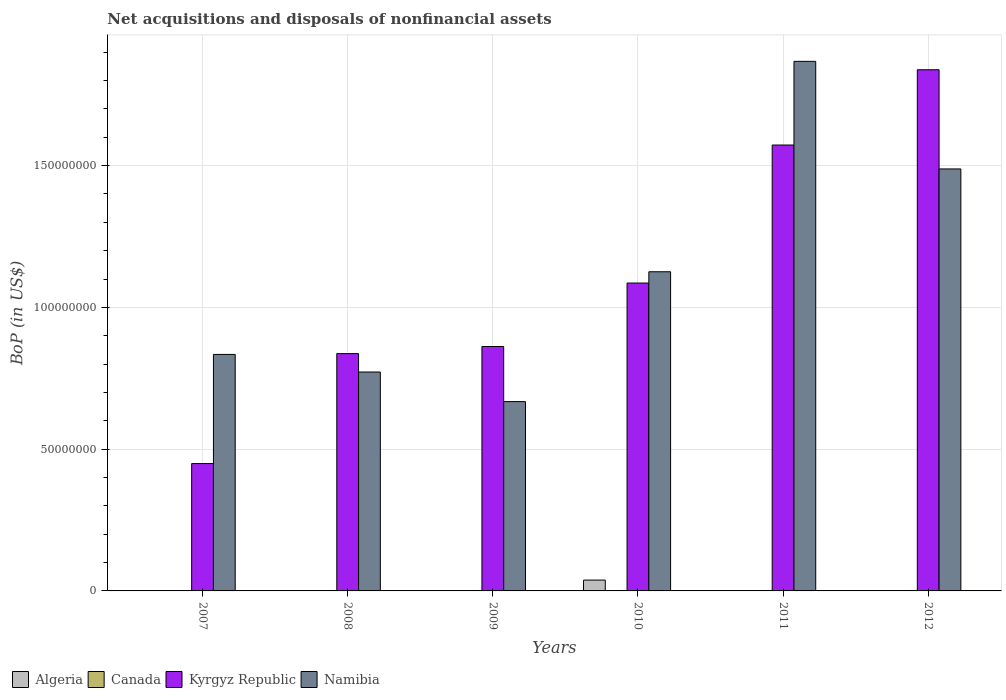
| Years | Algeria | Canada | Kyrgyz Republic | Namibia |
 | --- | --- | --- | --- | --- |
 | 2007 | -1.88e+05 | -2.69e+08 | 4.49e+07 | 8.34e+07 |
 | 2008 | -2.09e+05 | -2.47e+08 | 8.37e+07 | 7.72e+07 |
 | 2009 | -6.03e+04 | -7.32e+08 | 8.62e+07 | 6.68e+07 |
 | 2010 | 3.82e+06 | -1.21e+08 | 1.09e+08 | 1.13e+08 |
 | 2011 | -1.3e+06 | -1.05e+07 | 1.57e+08 | 1.87e+08 |
 | 2012 | -8.87e+06 | -1.4e+08 | 1.84e+08 | 1.49e+08 |